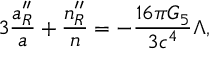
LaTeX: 3 { \frac { a _ { R } ^ { \prime \prime } } { a } } + { \frac { n _ { R } ^ { \prime \prime } } { n } } = - { \frac { 1 6 \pi G _ { 5 } } { 3 c ^ { 4 } } } \Lambda ,